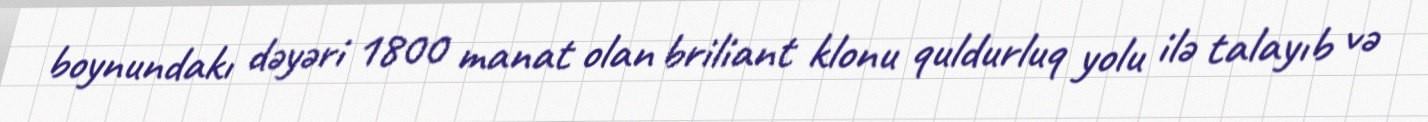
boynundakı dəyəri 1800 manat olan briliant klonu quldurluq yolu ilə talayıb və